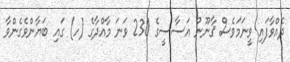
ދެއްވާފައި ވީނަމަވެސް ޤާނޫނު އަސާސީގެ 230 ވަނަ މާއްދާގެ (ހ) ގައި ބަޔާންވެގެންވާ